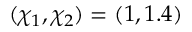
( \chi _ { 1 } , \chi _ { 2 } ) = ( 1 , 1 . 4 )